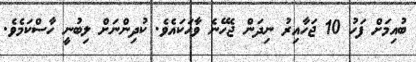
ބުއިމަށް ފަހު 10 ޖަހާއިރު ނިދަން ޖެހޭނެ ވާހަކައެވެ. ކުދިންނަށް ލިބުނީ ހާސްކަމެވެ.